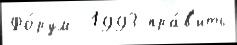
Фо́рум  1993 пра́в'ить